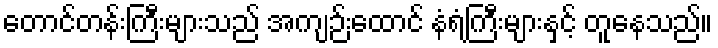
တောင်တန်းကြီးများသည် အကျဉ်းထောင် နံရံကြီးများနှင့် တူနေသည်။